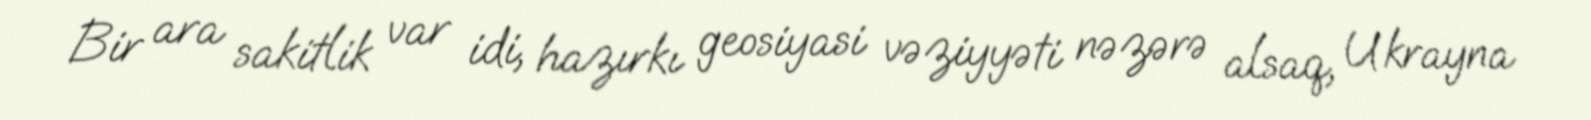
Bir ara sakitlik var idi, hazırkı geosiyasi vəziyyəti nəzərə alsaq, Ukrayna